King Institute of Preventive Medicine Micro-Biological Section reports 1909-11
Year: 1909
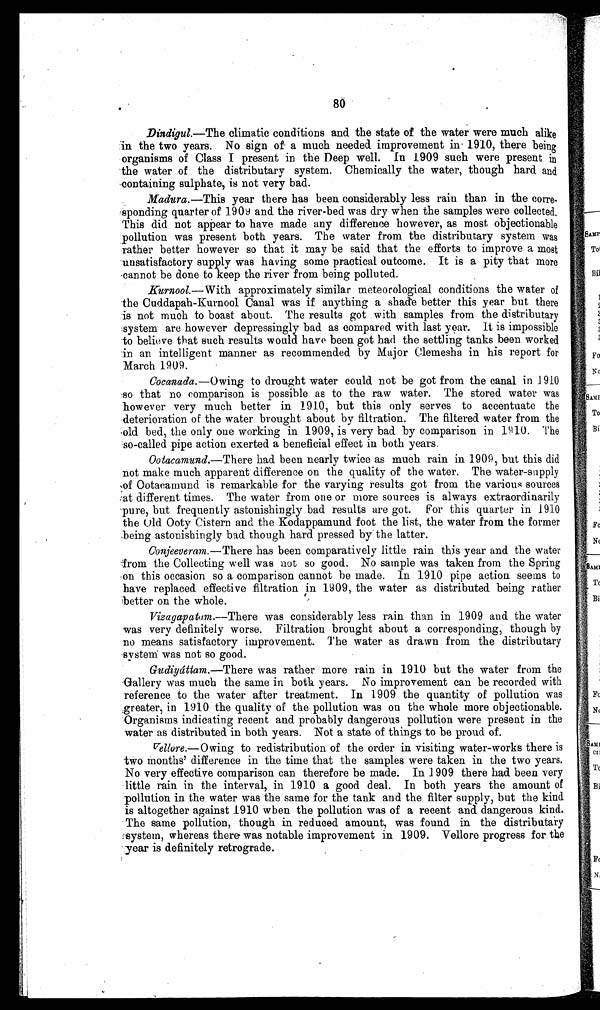
80
Dindigul.—The climatic conditions and the state of the water were much alike
in the two years. No sign of a much needed improvement in 1910, there being
organisms of Class I present in the Deep well. In 1909 such were present in
the water of the distributary system. Chemically the water, though hard and
containing sulphate, is not very bad.
Madura.—This year there has been considerably less rain than in the
corre-sponding quarter of 1909 and the river-bed was dry when the samples were collected.
This did not appear to have made any difference however, as most objectionable
pollution was present both years. The water from the distributary system was
rather better however so that it may be said that the efforts to improve a most
unsatisfactory supply was having some practical outcome. It is a pity that more
cannot be done to keep the river from being polluted.
Kurnool.— With approximately similar meteorological conditions the water of
the Cuddapah-Kurnool Canal was if anything a shade better this year but there
is not much to boast about. The results got with samples from the distributary
system are however depressingly bad as compared with last year. It is impossible
to believe that such results would have been got had the settling tanks been worked
in an intelligent manner as recommended by Major Clemesha in his report for
March 1909.
Cocanada.— O w i n g t o d r o u g h t w a t e r c o u l d n o t b e g o t f r o m t h e c a n a l i n 1 9 1 0
so that no comparison is possible as to the raw water. The stored water was
however very much better in 1910, but this only serves to accentuate the
deterioration of the water brought about by filtration. The filtered water from the
old bed, the only one working in 1909, is very bad by comparison in 1910. The
so-called pipe action exerted a beneficial effect in both years.
Ootacamund.—There
had been nearly twice as much rain in 1909, but this did
not make much apparent difference on the quality of the water. The water-supply
of Ootacamund is remarkable for the varying results got from the various sources
at different times. The water from one or more sources is always extraordinarily
pure, but frequently astonishingly bad results are got. For this quarter in 1910
the Old Ooty Cistern and the Kodappamund foot the list, the water from the former
being astonishingly bad though hard pressed by the latter.
Conjeeveram. — There has been comparatively little rain this year and the water
from the Collecting well was not so good. No sample was taken from the Spring
on this occasion so a comparison cannot be made. In 1910 pipe action seems to
have replaced effective filtration in 1909, the water as distributed being rather
better on the whole.
Vizagapatam.—There
was considerably less rain than in 1909 and the water
was very definitely worse. Filtration brought about a corresponding, though by
no means satisfactory improvement. The water as drawn from the distributary
system was not so good.
Gudiyáttam.—There
was rather more rain in 1910 but the water from the
Gallery was much the same in both years. No improvement can be recorded with
reference to the water after treatment. In 1909 the quantity of pollution was
greater, in 1910 the quality of the pollution was on the whole more objectionable.
Organisms indicating recent and probably dangerous pollution were present in the
water as distributed in both years. Not a state of things to be proud of.
Vellore.—Owing
to redistribution of the order in visiting water-works there is
two months' difference in the time that the samples were taken in the two years.
No very effective comparison can therefore be made. In 1909 there had been very
little rain in the interval, in 1910 a good deal. In both years the amount of
pollution in the water was the same for the tank and the filter supply, but the kind
is altogether against 1910 when the pollution was of a recent and dangerous kind.
The same pollution, though in reduced amount, was found in the distributary
system, whereas there was notable improvement in 1909. Vellore progress for the
year is definitely retrograde.